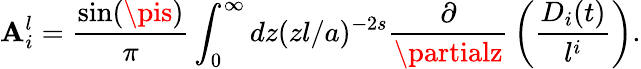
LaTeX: \mathbf{A}_{i}^{l}={\frac{{\sin(\pis)}}{{\pi}}}\int_{0}^{\infty}dz(zl/a)^{-2s}{\frac{{\partial}}{{\partialz}}}\left({\frac{{D_{i}(t)}}{{l^{i}}}}\right).